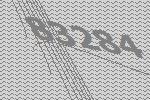
83284